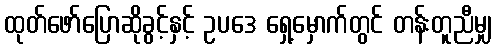
ထုတ်ဖော်ပြောဆိုခွင့်နှင့် ဥပဒေ ရှေ့မှောက်တွင် တန်းတူညီမျှ